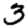
Digit: 3